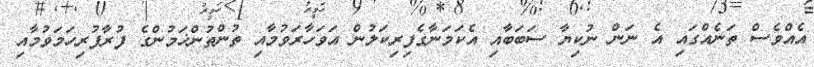
އެއްވެސް ތަނެއްގައި އެ ނަން ނުކިޔާ ސަބަބާއި އެކަމަނާގެފިރިކަލުން އަވަހާރަވުމާއި ތުންތުންޚަމުންގެ ފުރާފުރިހަމަވުމާއި